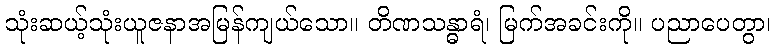
သုံးဆယ့်သုံးယူဇနာအမြန်ကျယ်သော။ တိဏသန္ဓာရံ၊ မြက်အခင်းကို။ ပညာပေတွာ၊